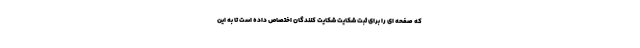
که صفحه ای را برای ثبت شکایت شکایت کنندگان اختصاص داده است تا به این